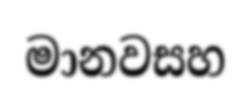
මානවසහ